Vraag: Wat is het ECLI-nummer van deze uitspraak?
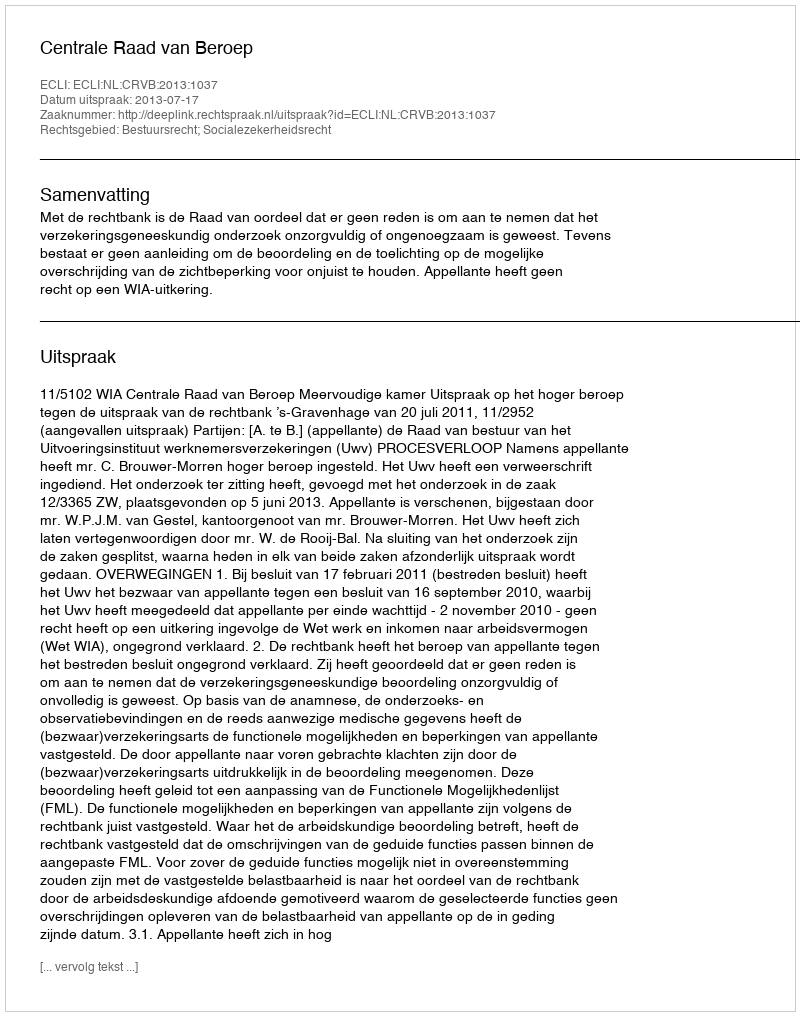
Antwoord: ECLI:NL:CRVB:2013:1037